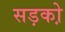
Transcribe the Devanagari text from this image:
सड़को़